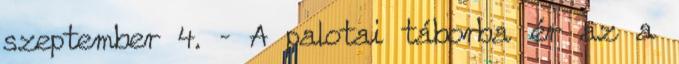
szeptember 4. – A palotai táborba ér az a